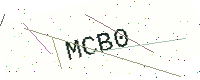
Text: MCB0